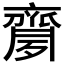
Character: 𪗈